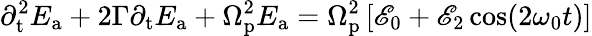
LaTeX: {\partial_{\mathrm{t}}^{2}E_{\mathrm{a}}}+2\Gamma{\partial_{\mathrm{t}}E_{\mathrm{a}}}+\Omega_{\mathrm{p}}^{2}E_{\mathrm{a}}=\Omega_{\mathrm{p}}^{2}\left[\mathscr{E}_{0}+\mathscr{E}_{2}\cos(2\omega_{0}t)\right]